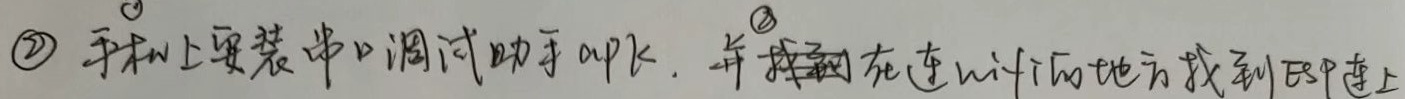
手机上安装串口调试助手app，并找到在连wifi的地方找到ESP连上